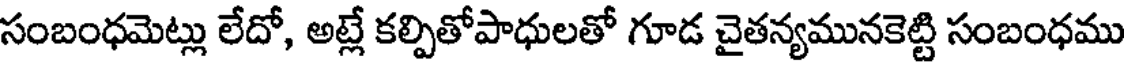
సంబంధమెట్లు లేదో, అట్లే కల్పితోపాధులతో గూడ చైతన్యమునకెట్టి సంబంధము